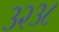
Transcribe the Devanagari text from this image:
३२३८